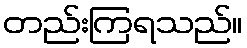
တည်းကြရသည်။